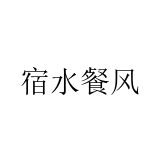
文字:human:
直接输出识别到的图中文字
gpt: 宿水餐风